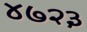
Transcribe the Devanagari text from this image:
४७२३